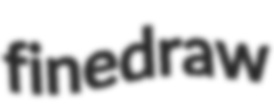
finedraw